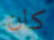
كان